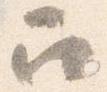
召